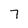
Character: 7